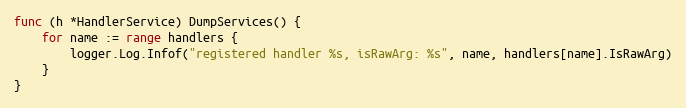
Language: Go
func (h *HandlerService) DumpServices() {
	for name := range handlers {
		logger.Log.Infof("registered handler %s, isRawArg: %s", name, handlers[name].IsRawArg)
	}
}